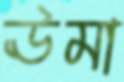
ঊমা